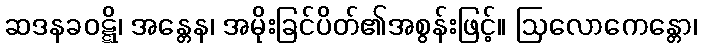
ဆဒနခဝဋ္ဋိ၊ အန္တေန၊ အမိုးခြင်ပိတ်၏အစွန်းဖြင့်။ ဩလောကေန္တော၊